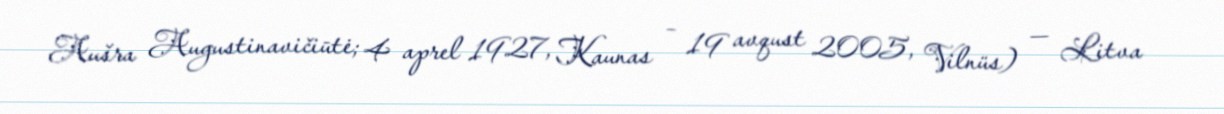
Aušra Augustinavičiūtė; 4 aprel 1927, Kaunas – 19 avqust 2005, Vilnüs) — Litva